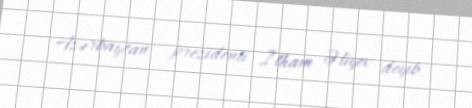
Azərbaycan prezidenti İlham Əliyev deyib.